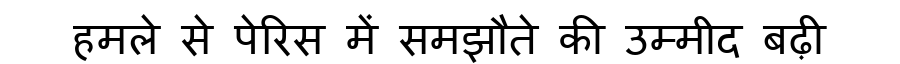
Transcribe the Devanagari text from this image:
हमले से पेरिस में समझौते की उम्मीद बढ़ी